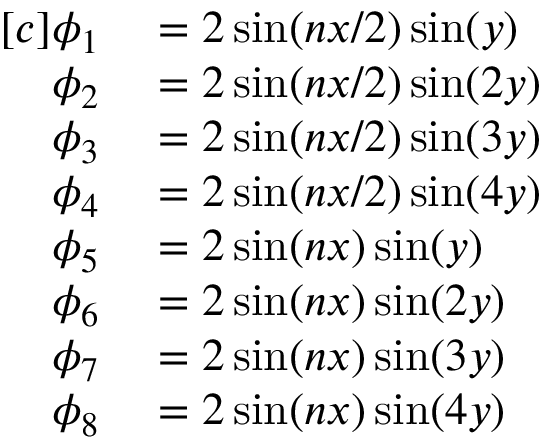
\begin{array} { r l } { [ c ] \phi _ { 1 } } & { { } = 2 \sin ( n x / 2 ) \sin ( y ) } \\ { \phi _ { 2 } } & { { } = 2 \sin ( n x / 2 ) \sin ( 2 y ) } \\ { \phi _ { 3 } } & { { } = 2 \sin ( n x / 2 ) \sin ( 3 y ) } \\ { \phi _ { 4 } } & { { } = 2 \sin ( n x / 2 ) \sin ( 4 y ) } \\ { \phi _ { 5 } } & { { } = 2 \sin ( n x ) \sin ( y ) } \\ { \phi _ { 6 } } & { { } = 2 \sin ( n x ) \sin ( 2 y ) } \\ { \phi _ { 7 } } & { { } = 2 \sin ( n x ) \sin ( 3 y ) } \\ { \phi _ { 8 } } & { { } = 2 \sin ( n x ) \sin ( 4 y ) } \end{array}